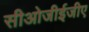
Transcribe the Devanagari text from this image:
सीओजीईजीए